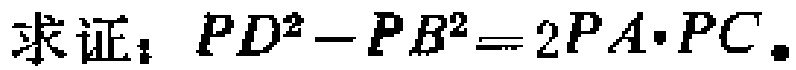
求证：\(PD^{2}-PB^{2}=2PA\cdot PC\)。